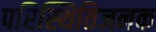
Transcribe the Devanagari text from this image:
परिस्थितिजनक